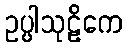
ဥပ္ပါသုဠိကေ